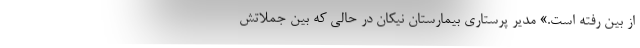
از بین رفته است.» مدیر پرستاری بیمارستان نیکان در حالی که بین جملاتش